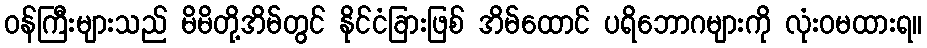
ဝန်ကြီးများသည် မိမိတို့အိမ်တွင် နိုင်ငံခြားဖြစ် အိမ်ထောင် ပရိဘောဂများကို လုံးဝမထားရ။